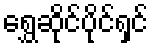
ရွှေဆိုင်ပိုင်ရှင်